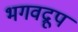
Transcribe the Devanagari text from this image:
भगवद्रूप